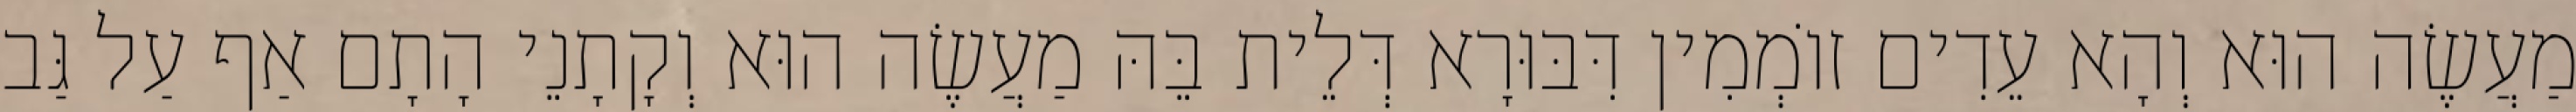
מַעֲשֶׂה הוּא וְהָא עֵדִים זוֹמְמִין דִּבּוּרָא דְּלֵית בֵּהּ מַעֲשֶׂה הוּא וְקָתָנֵי הָתָם אַף עַל גַּב